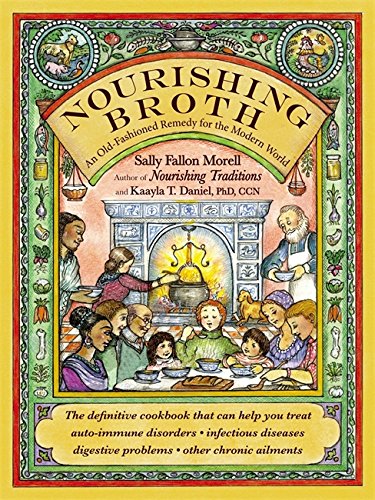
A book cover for Nourishing Broth: An Old-Fashioned Remedy for the Modern World; Sally Fallon Morell; Cookbooks, Food & Wine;